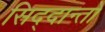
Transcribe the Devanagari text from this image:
सिद्दान्तो